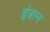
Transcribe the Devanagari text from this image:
इंत्रान